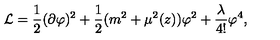
{ \cal L } = \frac { 1 } { 2 } ( \partial \varphi ) ^ { 2 } + \frac { 1 } { 2 } ( m ^ { 2 } + \mu ^ { 2 } ( z ) ) \varphi ^ { 2 } + \frac { \lambda } { 4 ! } \varphi ^ { 4 } ,